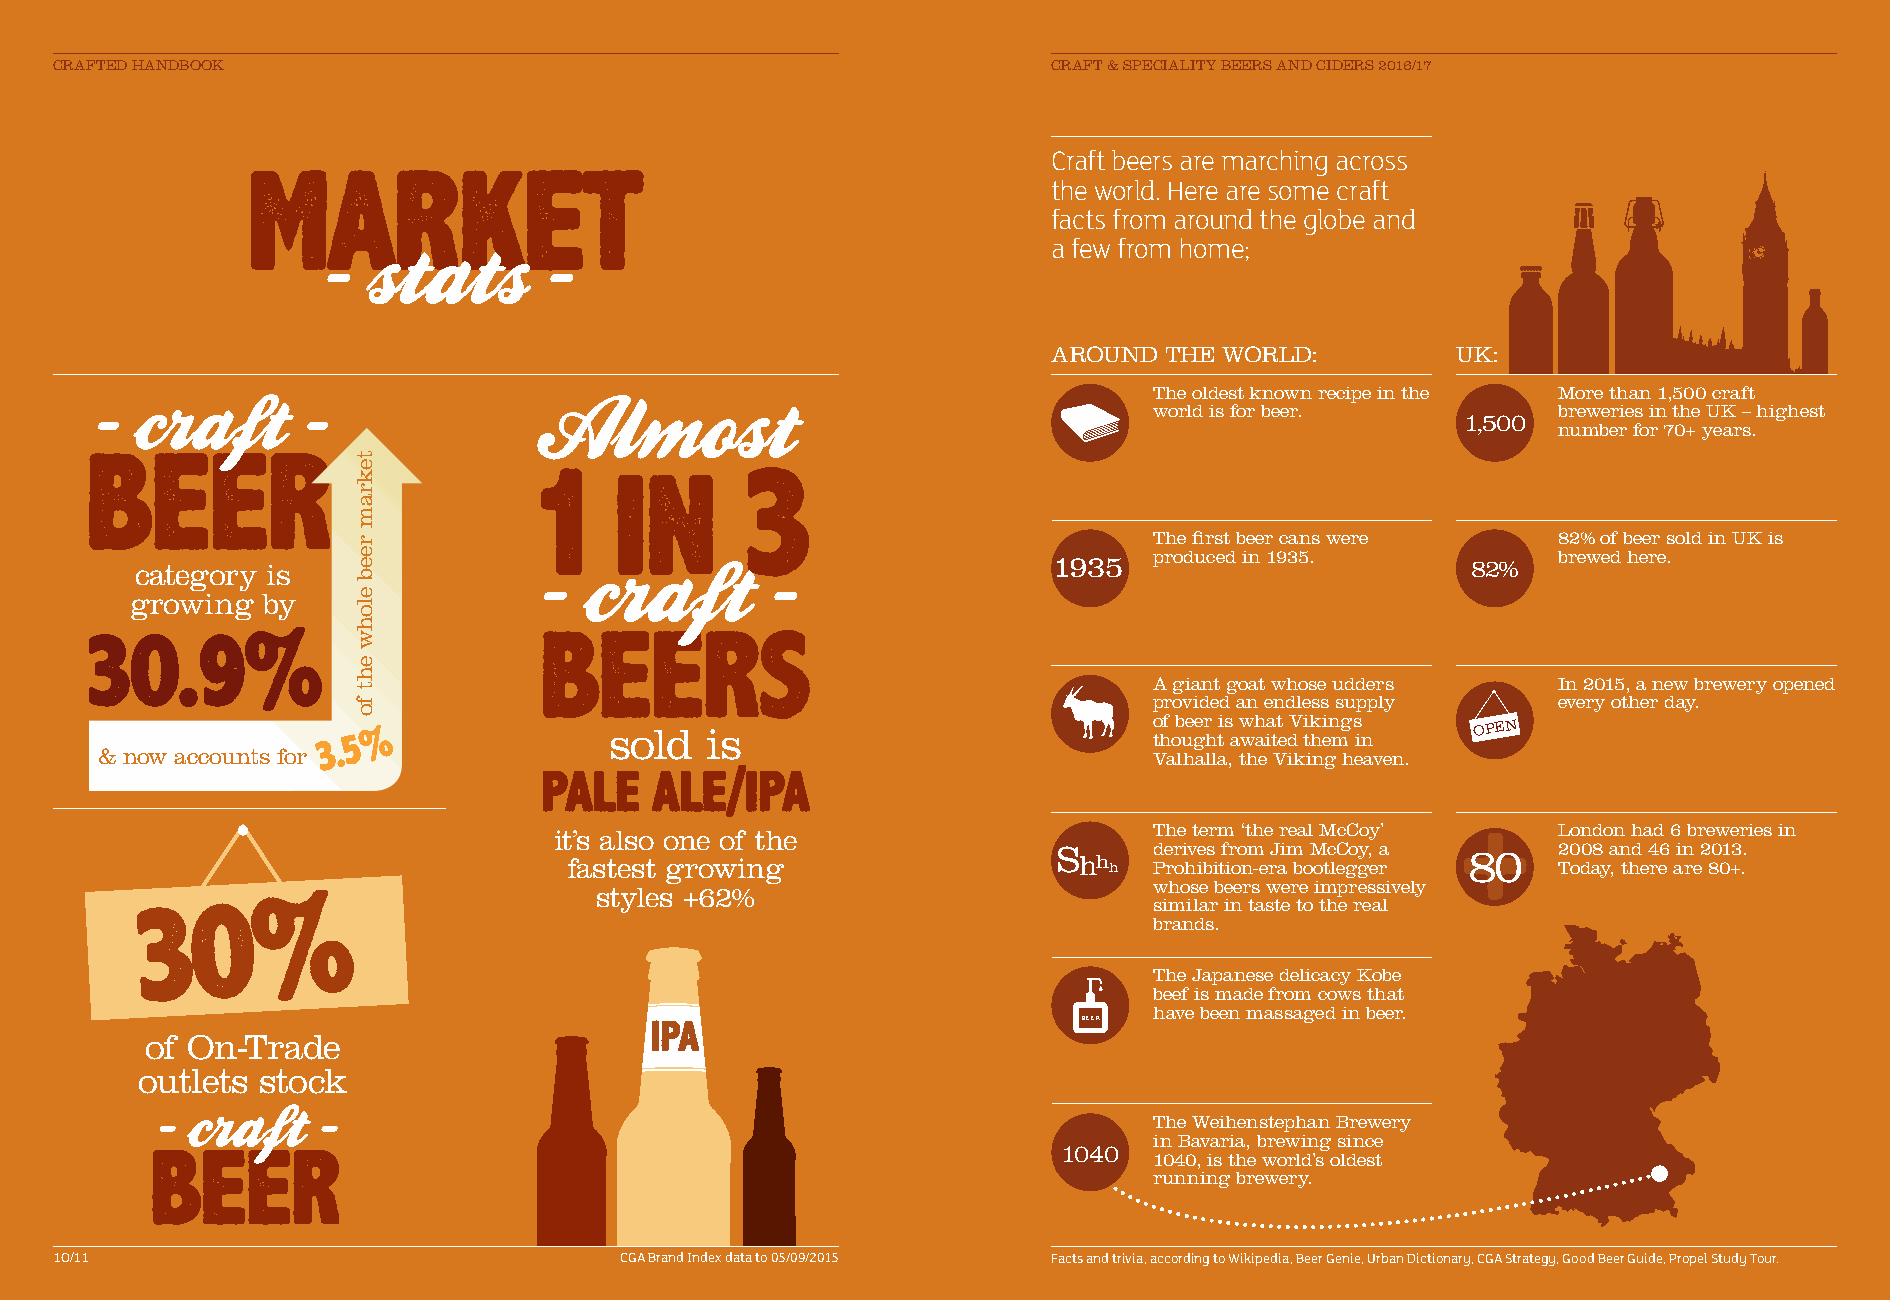
CRAFTED HANDBOOK                                                  CCRRAAFFTT && SSPPEECCIIAALLIITTYY BBEEEERRSS AANNDD CCIIDDEERRSS 22001166//1177
 Craft beers are marching across
 the world. Here are some craft
 facts from around the globe and
 a few from home;
 AROUND THE WORLD:         UK:
 The oldest known recipe in the More than 1,500 craft
 world is for beer.         breweries in the UK – highest
 1,500
 number for 70+ years.
 The first beer cans were   82% of beer sold in UK is
 category is                                                  1935  produced in 1935.    82%   brewed here.
 growing by
 A giant goat whose udders  In 2015, a new brewery opened
 provided an endless supply every other day.
 sold   is
 of beer is what Vikings OPEN
 thought awaited them in
 & now accounts for                                                    Valhalla, the Viking heaven.
 it’s also one of the                   The term ‘the real McCoy’  London had 6 breweries in
 S     derives from Jim McCoy, a 80 2008 and 46 in 2013.
 fastest growing                  hh h Prohibition-era bootlegger Today, there are 80+.
 styles +62%                          whose beers were impressively
 similar in taste to the real
 brands.
 The Japanese delicacy Kobe
 beef is made from cows that
 have been massaged in beer.
 BEER
 of On-Trade
 outlets stock
 The Weihenstephan Brewery
 in Bavaria, brewing since
 1040
 1040, is the world’s oldest
 running brewery.
 10/11                                CGA Brand Index data to 05/09/2015 Facts and trivia, according to Wikipedia, Beer Genie, Urban Dictionary, CGA Strategy, Good Beer Guide, Propel Study Tour.
 tekram
 reeb
 elohw
 eht
 fo